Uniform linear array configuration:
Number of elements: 12
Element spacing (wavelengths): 0.25
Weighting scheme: blackman
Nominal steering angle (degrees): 60
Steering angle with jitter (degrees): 60.697
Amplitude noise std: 0.05
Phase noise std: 0.05

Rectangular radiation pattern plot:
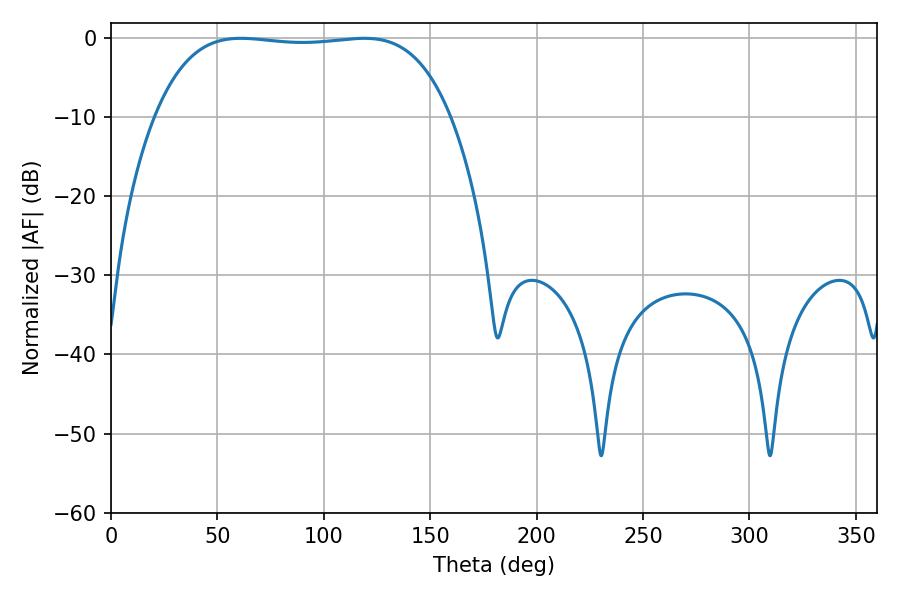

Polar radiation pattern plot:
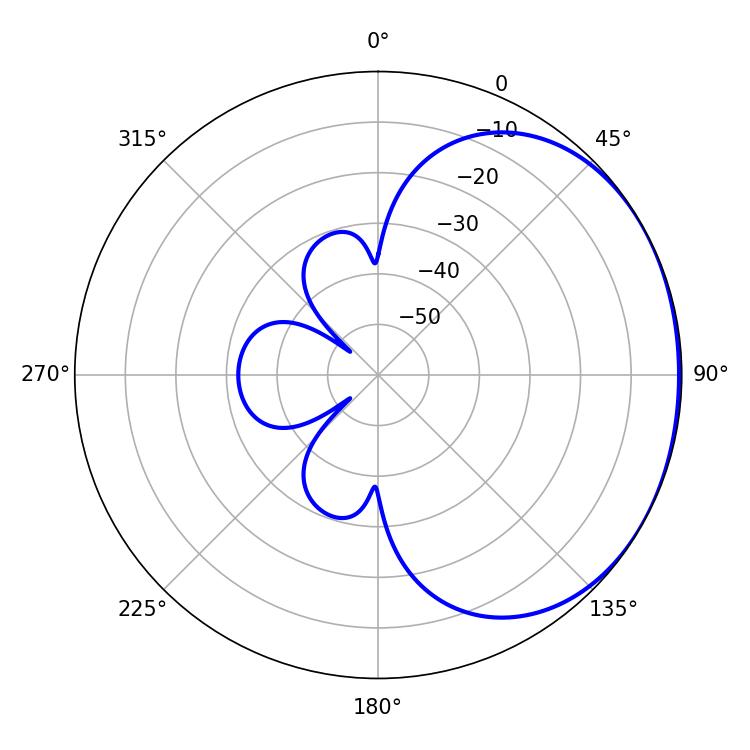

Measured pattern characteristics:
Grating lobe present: FALSE
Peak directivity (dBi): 1.112
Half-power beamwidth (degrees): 109.44
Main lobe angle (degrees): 61.02